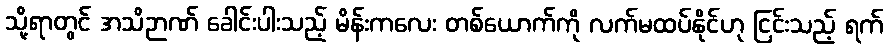
သို့ရာတွင် အသိဉာဏ် ခေါင်းပါးသည့် မိန်းကလေး တစ်ယောက်ကို လက်မထပ်နိုင်ဟု ငြင်းသည့် ရက်